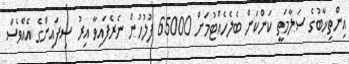
އިންތިޚާބުގެ ސަލާމަތީ ކަންކަން ބެލެހެއްޓުމަށް 65000 ފުލުހުން ނެރެފައިވާ އިރު ސިފައިންގެ އެއްވެސް